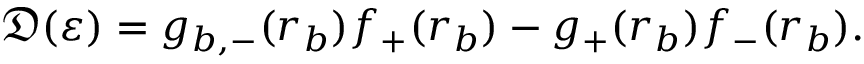
\mathfrak { D } ( \varepsilon ) = g _ { b , - } ( r _ { b } ) f _ { + } ( r _ { b } ) - g _ { + } ( r _ { b } ) f _ { - } ( r _ { b } ) .